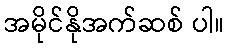
အမိုင်နိုအက်ဆစ် ပါ။